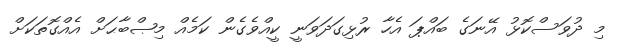
މި ދުވަސްކޮޅު އޭނަގެ ބައްޕަ އެހާ ރުޅިގަދަވަނީ ކީއްވެގެން ކަމެއް މިޞްބާޙަށް އެއްގޮތަކަށް